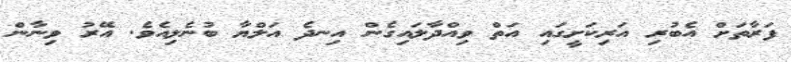
ފަރާތަށް އެބުރި އަރިކަށީގައި އަތް ވިއްދާލައިގެން އިނދެ އަލްޔާ ބުނެލިއެވެ. އޭރު ވިނާން